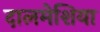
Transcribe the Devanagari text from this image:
दालमेशिया